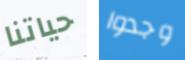
حياتنا وجدوا